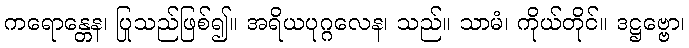
ကရောန္တေန၊ ပြုသည်ဖြစ်၍။ အရိယပုဂ္ဂလေန၊ သည်။ သာမံ၊ ကိုယ်တိုင်။ ဒဋ္ဌဗ္ဗော၊